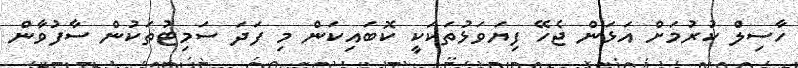
ހާސިލް ކުރުމަށް އަޅަން ޖެހޭ ފިޔަވަޅުތަކަކީ ކޮބައިކަން މި ފަދަ ސަމިޓުތަކުން ސާފުވާން